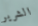
الشرير